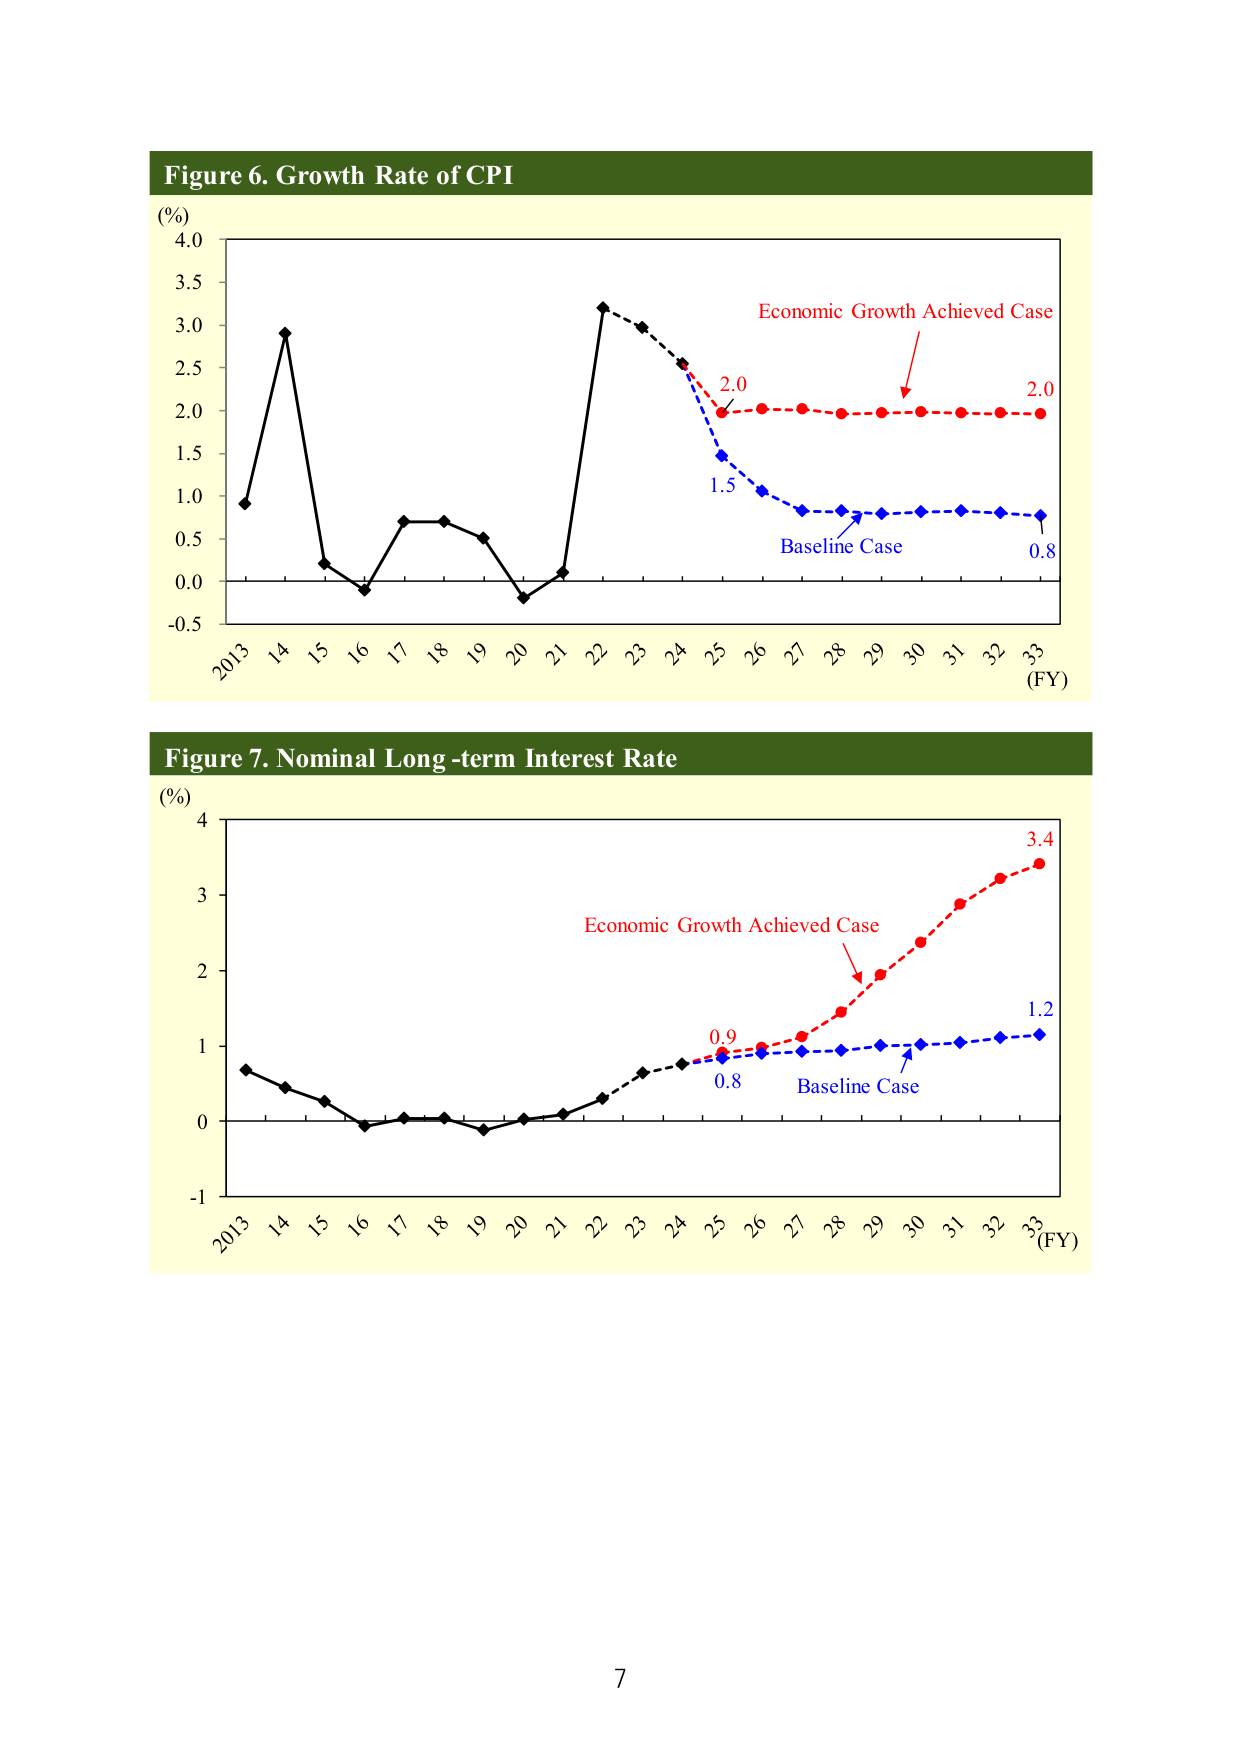
Figure 6. Growth Rate of CPI
(%)
4.0
3.5
3.0
2.5
2.0
1.5
1.0
0.5
0.0
-0.5
2013 14 15 16 17 18 19 20 21 22 23 24 25 26 27 28 29 30 31 32 33
(FY)
Economic Growth Achieved Case
2.0
2.0
Baseline Case
1.5
0.8

Figure 7. Nominal Long-term Interest Rate
(%)
4
3
2
1
0
-1
2013 14 15 16 17 18 19 20 21 22 23 24 25 26 27 28 29 30 31 32 33
(FY)
Economic Growth Achieved Case
3.4
0.9
0.8
Baseline Case
1.2

7